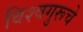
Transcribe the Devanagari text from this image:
विश्वगुरूचे